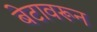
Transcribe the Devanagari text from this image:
बेटावरून